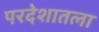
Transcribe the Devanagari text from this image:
परदेशातला